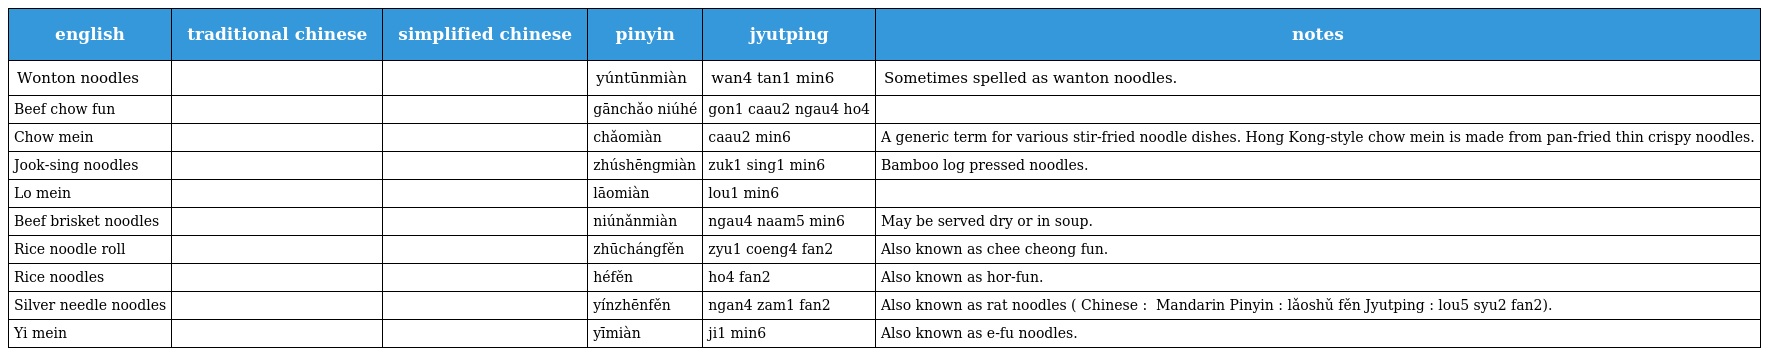
| english | traditional chinese | simplified chinese | pinyin | jyutping | notes |
 | --- | --- | --- | --- | --- | --- |
 | Wonton noodles | 雲吞麵 | 云吞面 | yúntūnmiàn | wan4 tan1 min6 | Sometimes spelled as wanton noodles. |
 | Beef chow fun | 乾炒牛河 | 干炒牛河 | gānchǎo niúhé | gon1 caau2 ngau4 ho4 |  |
 | Chow mein | 炒麵 | 炒面 | chǎomiàn | caau2 min6 | A generic term for various stir-fried noodle dishes. Hong Kong-style chow mein is made from pan-fried thin crispy noodles. |
 | Jook-sing noodles | 竹昇麵 | 竹昇面 | zhúshēngmiàn | zuk1 sing1 min6 | Bamboo log pressed noodles. |
 | Lo mein | 撈麵 | 捞面 | lāomiàn | lou1 min6 |  |
 | Beef brisket noodles | 牛腩麵 | 牛腩面 | niúnǎnmiàn | ngau4 naam5 min6 | May be served dry or in soup. |
 | Rice noodle roll | 豬腸粉 | 猪肠粉 | zhūchángfěn | zyu1 coeng4 fan2 | Also known as chee cheong fun. |
 | Rice noodles | 河粉 | 河粉 | héfěn | ho4 fan2 | Also known as hor-fun. |
 | Silver needle noodles | 銀針粉 | 银针粉 | yínzhēnfěn | ngan4 zam1 fan2 | Also known as rat noodles ( Chinese : 老鼠粉 Mandarin Pinyin : lǎoshǔ fěn Jyutping : lou5 syu2 fan2). |
 | Yi mein | 伊麵 | 伊面 | yīmiàn | ji1 min6 | Also known as e-fu noodles. |